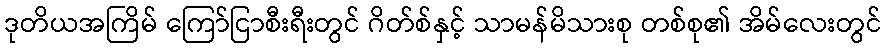
ဒုတိယအကြိမ် ကြော်ငြာစီးရီးတွင် ဂိတ်စ်နှင့် သာမန်မိသားစု တစ်စု၏ အိမ်လေးတွင်